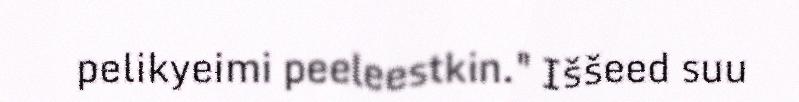
pelikyeimi peeleestkin." Iššeed suu